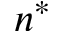
n ^ { * }